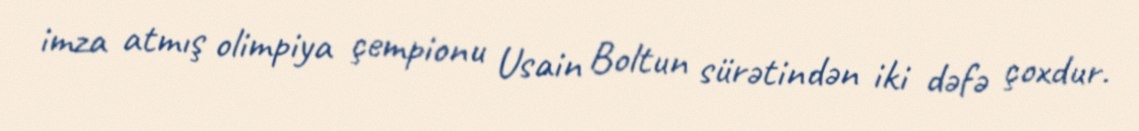
imza atmış olimpiya çempionu Usain Boltun sürətindən iki dəfə çoxdur.